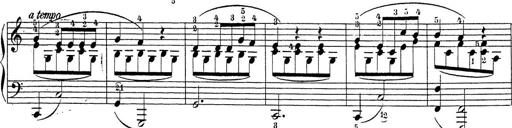
Title: Sonatina Album
Composer: Louis KÃ¶hler